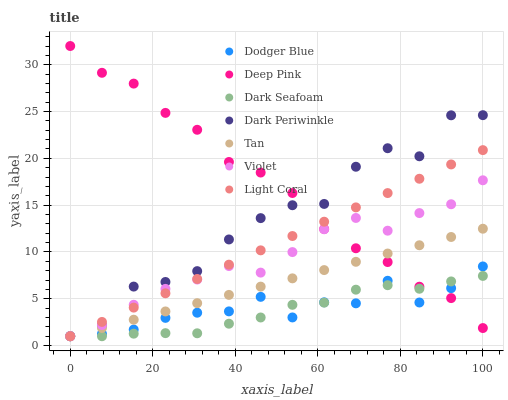
| xaxis_label | Dodger Blue | Deep Pink | Dark Seafoam | Dark Periwinkle | Tan | Violet | Light Coral |
 | --- | --- | --- | --- | --- | --- | --- | --- |
 | 0 | 1.01 | 32 | 1 | 1 | 1 | 1 | 1 |
 | 7.69 | 1.26 | 29.1 | 1 | 2.18 | 1.88 | 2.2 | 2.53 |
 | 15.4 | 1.71 | 28 | 1.28 | 6.31 | 2.77 | 4.36 | 4.06 |
 | 23.1 | 2.96 | 24.9 | 1.33 | 6.8 | 3.65 | 6.06 | 5.59 |
 | 30.8 | 3.51 | 23.1 | 1.32 | 7.96 | 4.53 | 7.06 | 7.12 |
 | 38.5 | 3.66 | 19.6 | 2.34 | 11.3 | 5.42 | 8.5 | 8.65 |
 | 46.2 | 5.21 | 18.5 | 3 | 13.6 | 6.3 | 7.8 | 10.2 |
 | 53.8 | 3.01 | 16.3 | 4.36 | 15 | 7.18 | 9.99 | 11.7 |
 | 61.5 | 4.62 | 12.5 | 4.59 | 15.1 | 8.07 | 12.4 | 13.2 |
 | 69.2 | 4.52 | 10.4 | 5.97 | 19.1 | 8.95 | 13.6 | 14.8 |
 | 76.9 | 6.93 | 8.93 | 6.45 | 21.1 | 9.84 | 12.3 | 16.3 |
 | 84.6 | 4.61 | 6.29 | 6.07 | 20.2 | 10.7 | 14.2 | 17.8 |
 | 92.3 | 6.14 | 5.07 | 6.85 | 24.6 | 11.6 | 15.1 | 19.4 |
 | 100 | 8.46 | 1.88 | 7.44 | 24.6 | 12.5 | 17.7 | 20.9 |